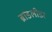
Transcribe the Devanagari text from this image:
ब्रांडलीडर